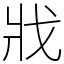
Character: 戕